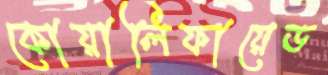
কোয়ালিফায়েড